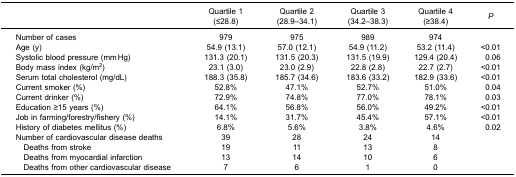
|  | Quartile 1(≤28.8) | Quartile 2(28.9–34.1) | Quartile 3(34.2–38.3) | Quartile 4(≥38.4) | P |
 | --- | --- | --- | --- | --- | --- |
 | Number of cases | 979 | 975 | 989 | 974 |  |
 | Age (y) | 54.9 (13.1) | 57.0 (12.1) | 54.9 (11.2) | 53.2 (11.4) | <0.01 |
 | Systolic blood pressure (mm Hg) | 131.3 (20.1) | 131.5 (20.3) | 131.5 (19.9) | 129.4 (20.4) | 0.06 |
 | Body mass index (kg/m2) | 23.1 (3.0) | 23.0 (2.9) | 22.8 (2.8) | 22.7 (2.7) | <0.01 |
 | Serum total cholesterol (mg/dL) | 188.3 (35.8) | 185.7 (34.6) | 183.6 (33.2) | 182.9 (33.6) | <0.01 |
 | Current smoker (%) | 52.8% | 47.1% | 52.7% | 51.0% | 0.04 |
 | Current drinker (%) | 72.9% | 74.8% | 77.0% | 78.1% | 0.03 |
 | Education ≥15 years (%) | 64.1% | 56.8% | 56.0% | 49.2% | <0.01 |
 | Job in farming/forestry/fishery (%) | 14.1% | 31.7% | 45.4% | 57.1% | <0.01 |
 | History of diabetes mellitus (%) | 6.8% | 5.6% | 3.8% | 4.6% | 0.02 |
 | Number of cardiovascular disease deaths | 39 | 28 | 24 | 14 |  |
 | Deaths from stroke | 19 | 11 | 13 | 8 |  |
 | Deaths from myocardial infarction | 13 | 14 | 10 | 6 |  |
 | Deaths from other cardiovascular disease | 7 | 6 | 1 | 0 |  |